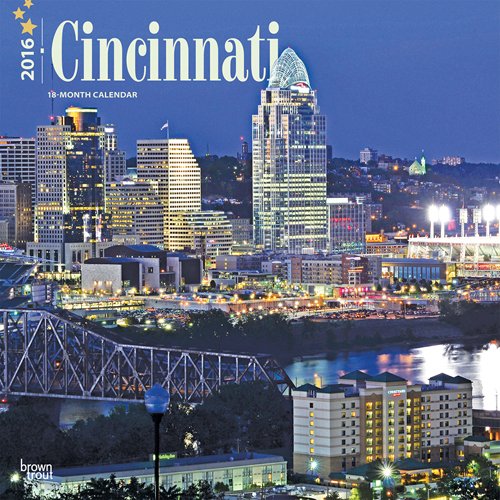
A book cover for Cincinnati 2016 Square 12x12; Browntrout Publishers; Calendars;